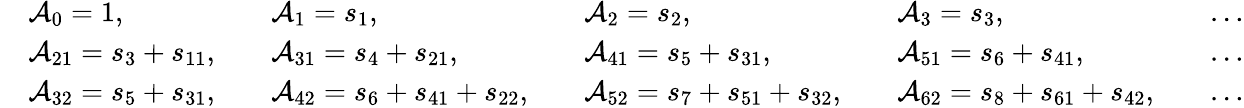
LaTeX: \begin{array}{rlrlrlrlrl}&{\mathcal{A}_{0}=1,}&&{\mathcal{A}_{1}=s_{1},}&&{\mathcal{A}_{2}=s_{2},}&&{\mathcal{A}_{3}=s_{3},}&&{\ldots}\\ &{\mathcal{A}_{21}=s_{3}+s_{11},}&&{\mathcal{A}_{31}=s_{4}+s_{21},}&&{\mathcal{A}_{41}=s_{5}+s_{31},}&&{\mathcal{A}_{51}=s_{6}+s_{41},}&&{\ldots}\\ &{\mathcal{A}_{32}=s_{5}+s_{31},}&&{\mathcal{A}_{42}=s_{6}+s_{41}+s_{22},}&&{\mathcal{A}_{52}=s_{7}+s_{51}+s_{32},}&&{\mathcal{A}_{62}=s_{8}+s_{61}+s_{42},}&&{\ldots}\end{array}